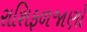
રાશિફળજાણો